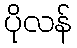
ပိုလန်